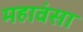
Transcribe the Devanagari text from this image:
महावंसा